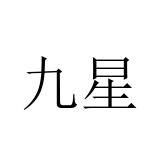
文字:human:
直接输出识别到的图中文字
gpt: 九星